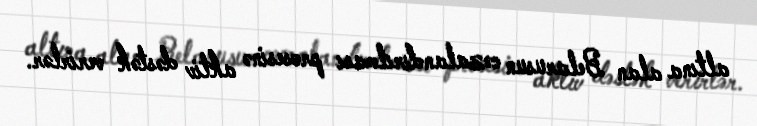
altına alan Belarusun cəzalandırılması prosesinə aktiv dəstək verirlər.